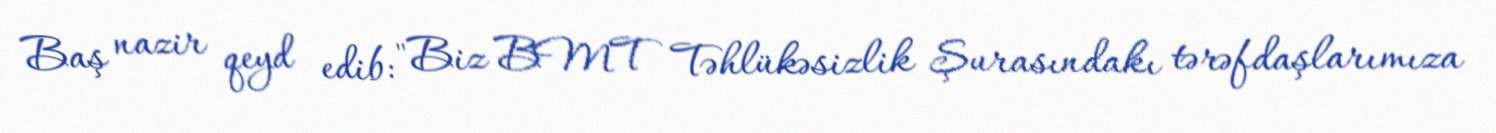
Baş nazir qeyd edib: "Biz BMT Təhlükəsizlik Şurasındakı tərəfdaşlarımıza